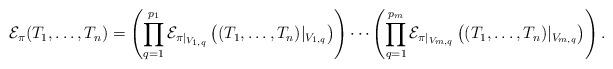
LaTeX: \begin{align*}\mathcal{E}_\pi(T_1, \ldots, T_n) = \left(\prod^{p_1}_{q=1} \mathcal{E}_{\pi|_{V_{1,q}}}\left((T_1, \ldots, T_n)|_{V_{1,q}}\right)\right) \cdots\left(\prod^{p_m}_{q=1} \mathcal{E}_{\pi|_{V_{m,q}}}\left((T_1, \ldots, T_n)|_{V_{m,q}}\right)\right).\end{align*}